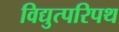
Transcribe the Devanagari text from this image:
विद्युत्परिपथ